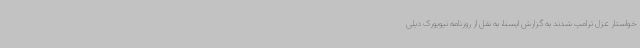
خواستار عزل ترامپ شدند به گزارش ایسنا، به نقل از روزنامه نیویورک دیلی